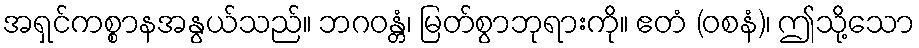
အရှင်ကစ္စာနအနွယ်သည်။ ဘဂဝန္တံ၊ မြတ်စွာဘုရားကို။ ဧတံ (ဝစနံ)၊ ဤသို့သော